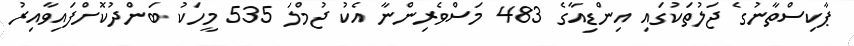
ޕާކިސްތާނުގެ ޖަލުތަކުގައި އިންޑިއާގެ 483 މަސްވެރިންނާ އެކު ޖުމްލަ 535 މީހަކު ބަންދުކޮށްފައިވާއިރު